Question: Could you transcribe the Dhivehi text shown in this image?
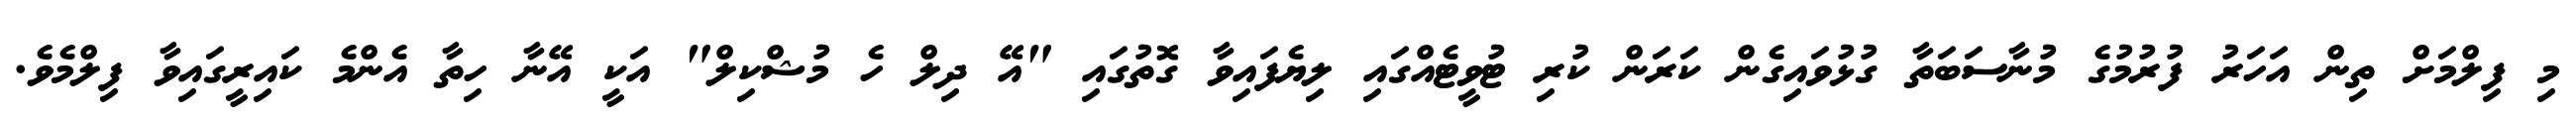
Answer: މި ފިލްމަށް ތިން އަހަރު ފުރުމުގެ މުނާސަބަތާ ގުޅުވައިގެން ކަރަން ކުރި ޓުވީޓެއްގައި ލިޔެފައިވާ ގޮތުގައި "އޭ ދިލް ހެ މުޝްކިލް" އަކީ އޭނާ ހިތާ އެންމެ ކައިރީގައިވާ ފިލްމެވެ.